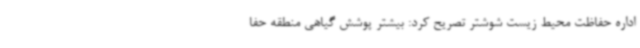
اداره حفاظت محیط زیست شوشتر تصریح کرد: بیشتر پوشش گیاهی منطقه حفا